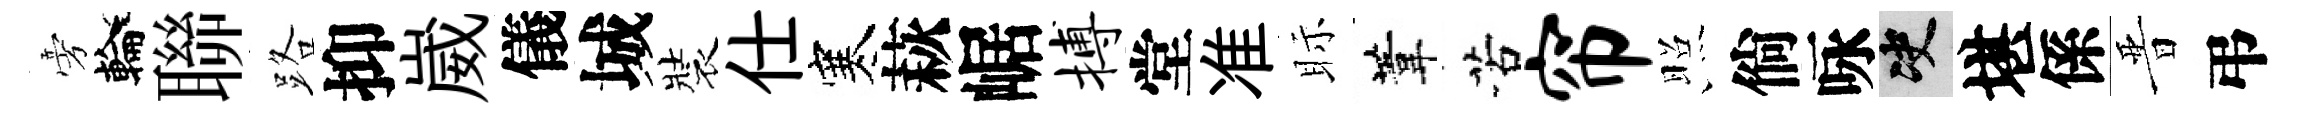
旁輪聯路抑崴儀城裝仕寒萩崌搏堂准眎葦苦帘照倘咏决堪係晋弔